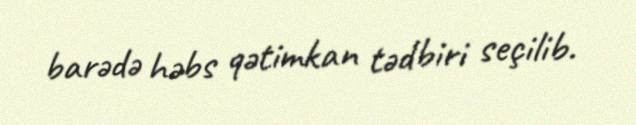
barədə həbs qətimkan tədbiri seçilib.